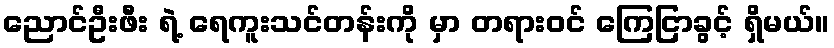
ညောင်ဦးဖီး ရဲ့ ရေကူးသင်တန်းကို မှာ တရားဝင် ကြေငြာခွင့် ရှိမယ်။